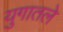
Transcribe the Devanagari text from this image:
युगातले